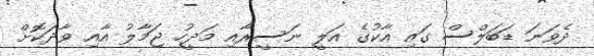
ދެވަނަ ޑަބަލްސް ގައި އާކުގެ އަލީ ނަސީރާއި މަދީހު ޖަމާލު އާއި ވާދަކޮށް